Civil Veterinary Department Bengal reports 1933-51 - 1933-1951
Year: 1933
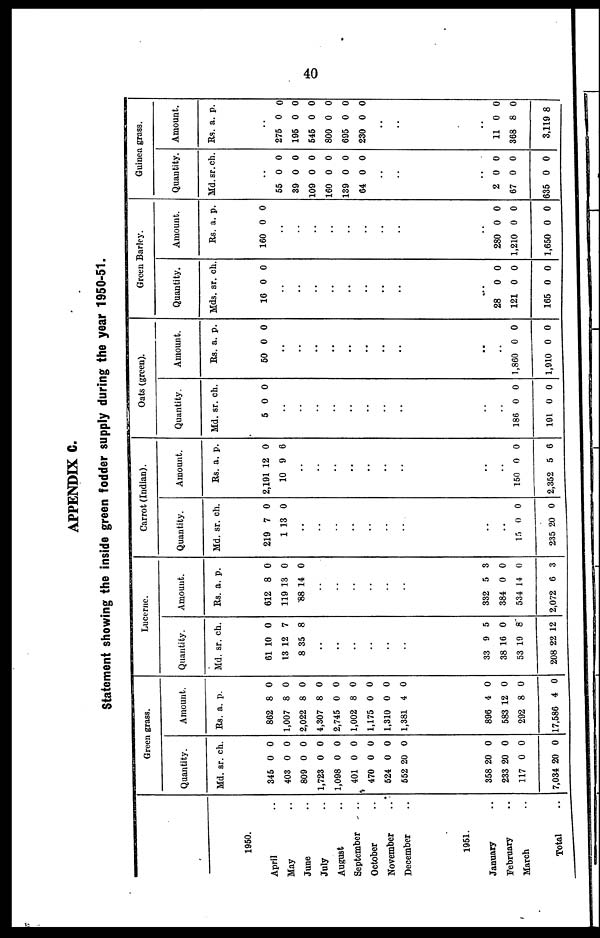
40
APPENDIX C.
Statement showing the inside green fodder supply during the year 1950-51.
1950.
April ..
May ..
June ..
July ..
August ..
September ..
October ..
November ..
December ..
1951.
January ..
February ..
March ..
Total ..
Green grass.
Quantity.
Md.
345
403
809
1,723
1,098
401
470
524
552
358 2
233 2
117
7,034 2
sr.
0
0
0
0
0
0
0
0
20
0
0
0
0
ch.
0
0
0
0
0
0
0
0
0
0
0
0
0
Amount.
Rs.
862
1,007
2,022
4,307
2,745
1,002
1,175
1,310
1,381
896
583
292
17,586
a.
8
8
8
8
0
8
0
0
4
4
12
8
4
p.
0
0
0
0
0
0
0
0
0
0
0
0
0
Lucerne.
Quantity.
Md.
61
13
8
..
..
..
..
..
..
33
38
53
208
sr.
10
12
35
9
16
19
22 1
ch.
0
7
8
5
0
8
2
Amount.
Rs.
612
119
88
..
..
..
..
..
..
332
384
534
2,072
a.
8
13
14
5
0
14
6
p.
0
0
0
3
0
0
3
Carrot (Indian).
Quantity.
Md.
219
1
..
..
..
..
..
..
..
..
..
15
235 2
sr.
7
13
0
0
ch.
0
0
0
0
Amount.
Rs.
2,191
10
..
..
..
..
..
..
..
..
..
150
2,352
a.
12
9
0
5
p.
0
6
0
6
Oats (green).
Quantity.
Md.
5
..
..
..
..
..
..
..
..
..
..
186
191
sr.
0
0 0
0 0
ch.
0
Amount.
Rs.
50
..
..
..
..
..
..
..
..
..
..
1,860
1,910
a.
0
0
0 0
p.
0
0
Green Barley.
Quantity.
Mds.
16
..
..
..
..
..
..
..
..
..
28
121
165
sr.
0
0 0
0 0
0 0
ch.
0
Amount.
Rs
160
..
..
..
..
..
..
..
..
..
280
1,210
1,650
a.
0
0
0
0
p.
0
0
0
0
Guinea grass.
Quantity.
Md.
..
55
39
109
160
139
64
..
..
..
2 0
67 0
335 0
sr.
0
0
0
0
0
0
0
0
0
ch.
0
0
0
0
0
0
Amount.
Rs.
..
275
195
545
800
695
230
..
..
..
11
368
3,11
a.
0
0
0
0
0
0
0
8
9 8
p.
0
0
0
0
0
0
0
0